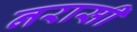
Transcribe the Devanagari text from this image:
नरासी